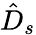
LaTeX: \hat{D}_{s}